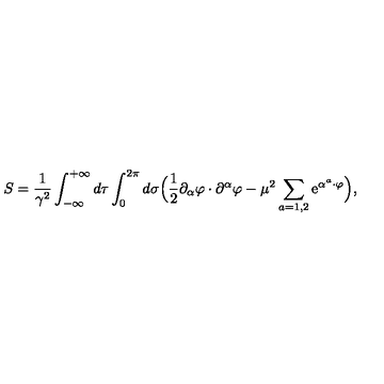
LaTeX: S = \frac { 1 } { \gamma ^ { 2 } } \int _ { - \infty } ^ { + \infty } d \tau \int _ { 0 } ^ { 2 \pi } d \sigma \Bigl ( \frac { 1 } { 2 } \partial _ { \alpha } \varphi \cdot \partial ^ { \alpha } \varphi - \mu ^ { 2 } \sum _ { a = 1 , 2 } \mathrm { e } ^ { \alpha ^ { a } \cdot \varphi } \Bigr ) ,